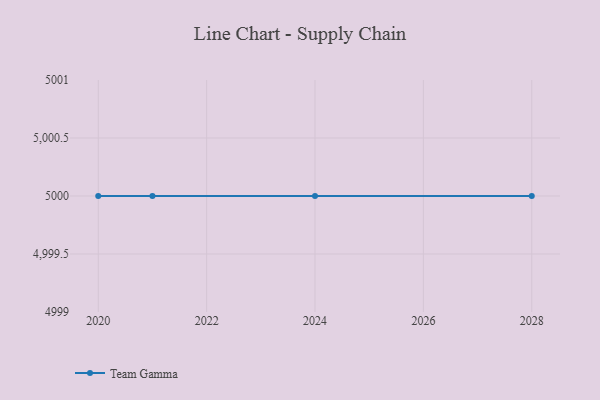
{"axis": {"x": "Year", "y": "Churn Rate (%)"}, "legend": ["Team Gamma"], "data": [{"x": "2021", "y": 5000, "type": "Team Gamma"}, {"x": "2028", "y": 5000, "type": "Team Gamma"}, {"x": "2020", "y": 5000, "type": "Team Gamma"}, {"x": "2024", "y": 5000, "type": "Team Gamma"}]}